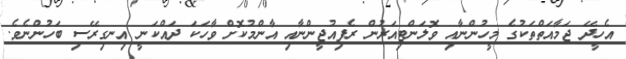
އެހީދޭ ޖަމާއަތްތަކުގެ މީހުންނާއި ވޮލަންޓިއަރުން ރެފިއުޖީންނާއި އާންމުކޮށް ވާހަކަ ދައްކަނީ އިނގިރޭސި ބަހުންނެވެ.